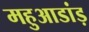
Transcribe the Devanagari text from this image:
महुआडांड़